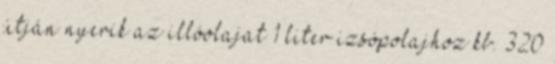
útján nyerik az illóolajat 1 liter izsópolajhoz kb. 320